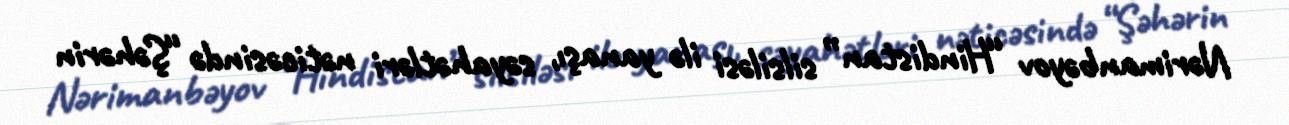
Nərimanbəyov “Hindistan” silsiləsi ilə yanaşı, səyahətləri nəticəsində “Şəhərin